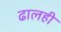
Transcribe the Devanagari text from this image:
ढालही